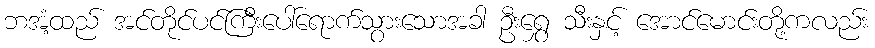
ဘအံ့ထည် အင်တိုင်ပင်ကြီးပေါ်ရောက်သွားသောအခါ ဦးရွှေ သီးနှင့် အောင်မောင်းတို့ကလည်း